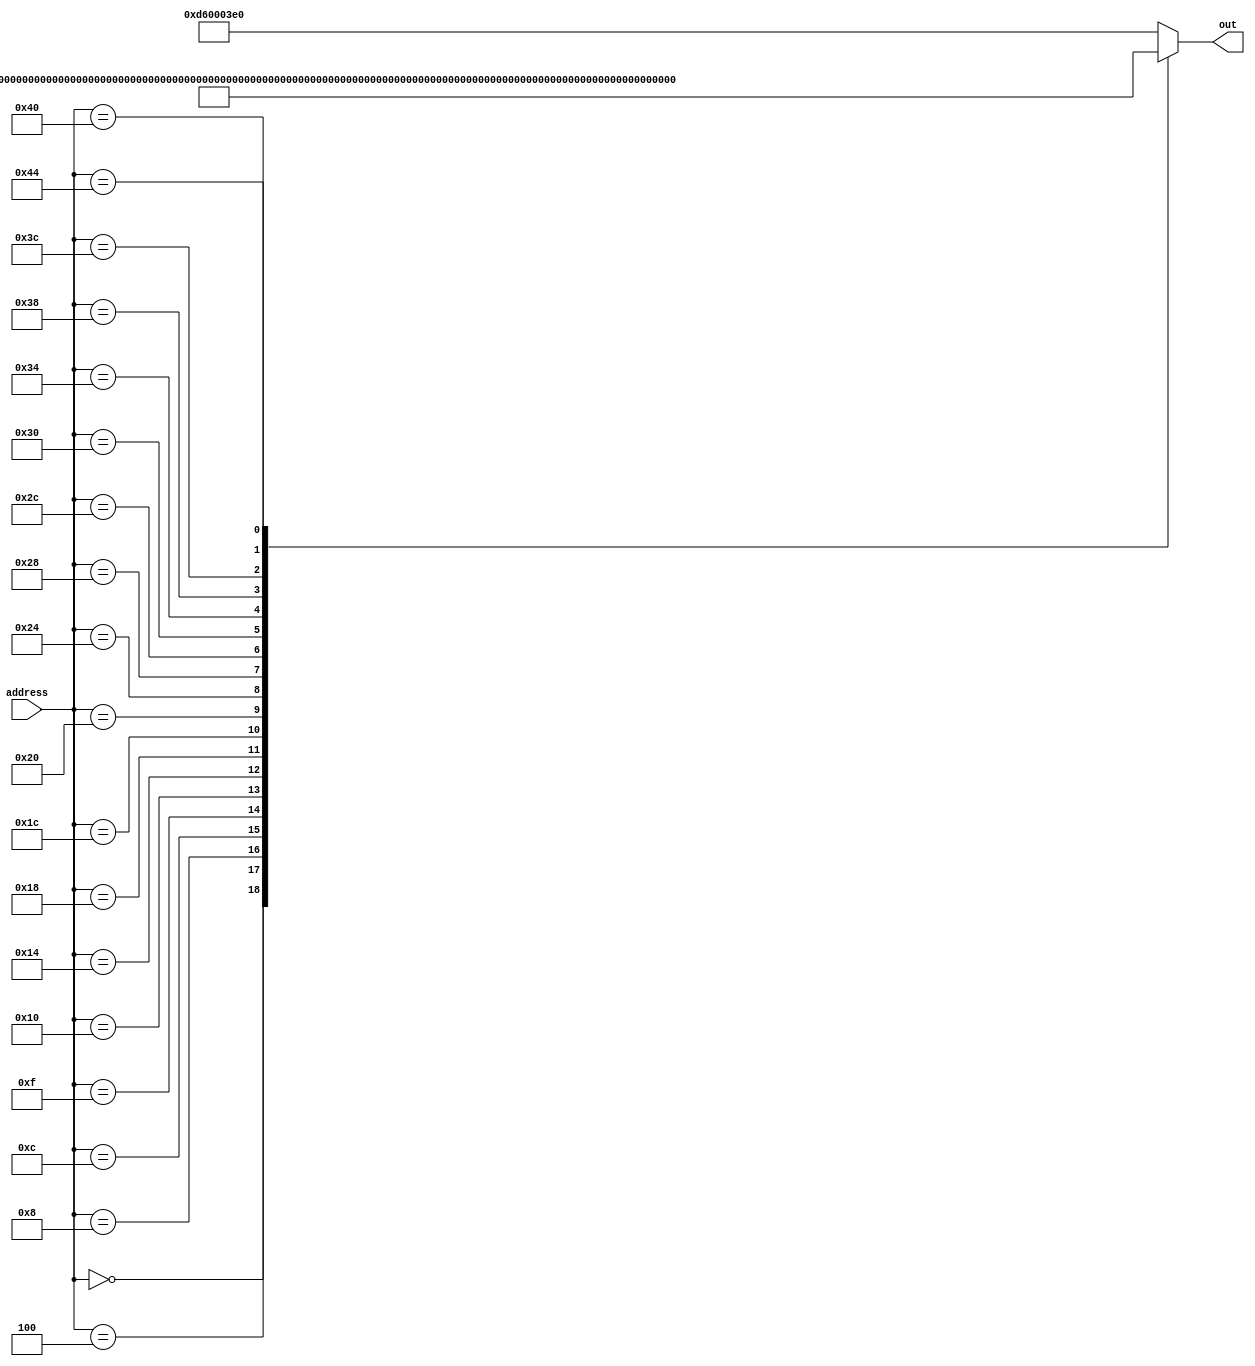
module rom_case(out, address);
	output reg [31:0] out;
	input  [15:0] address; // address- 16 deep memory  
	always @(address) begin
		case (address)
			16'h0000:  out = 32'b11010010100000000000000000100001; // MOVZ X1, 1
			16'h0004:  out = 32'b11010010100000000000000001000010; // MOVZ X2, 2
			16'h0008:  out = 32'b10001011000000100000000000100100; // ADD X4, X1, X2
			16'h000C:  out = 32'b11111000000000010000001111100100; // STUR X4, [XZR, 16]
			16'h000F:  out = 32'b11111000010000010000001111100101; // LDUR X5, [XZR, 16]
			16'h0010:  out = 32'b10010100000000000000000000001010; // BL 10
			16'h0014:  out = 32'b10110101000000000000000000100010; // CBNZ X2, 1
			16'h0018:  out = 32'b00010100000000000000000000000001; // B 1
			16'h001C:  out = 32'b00010111111111111111111111111001; // B -7
			16'h0020:  out = 32'b10110100000000000000000001100001; // CBZ X1, 3
			16'h0024:  out = 32'b11101011000000100000000000111111; // SUBS XZR, X1, X2
			16'h0028:  out = 32'b01010100000000000000000000100011; // B.LO 1
			16'h002C:  out = 32'b11111000000000001000001111100001; // STUR X1, [XZR, 8]
			16'h0030:  out = 32'b11111000010000001000001111100110; // LDUR X6, [XZR, 8]
			16'h0034:  out = 32'b11010010000000000000010011100111; // EORI X7, X7, 1
			16'h0038:  out = 32'b00010111111111111111111111111110; // B -2
			16'h003C:  out = 32'b10010001000000000000100000100001; // ADDI X1, X1, 2
			16'h0040:  out = 32'b11010001000000000000010001000010; // SUBI X2, X2, 1
			16'h0044:  out = 32'b11010110000000000000001111000000; // BR X30
			default: out=32'hD60003E0; //BR XZR
		endcase
	end
endmodule